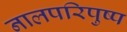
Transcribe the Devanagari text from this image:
नालपरिपुष्प